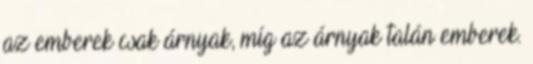
az emberek csak árnyak, míg az árnyak talán emberek.